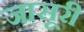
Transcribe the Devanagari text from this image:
जासूरी